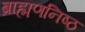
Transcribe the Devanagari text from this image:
ब्राह्मणनिष्ठ